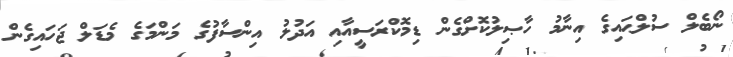
ނޯބެލް ސުލްޙައިގެ އިނާމު ހާޞިލުކޮށްގެން ޑިމޮކްރަސީއާއި އަދުލު އިންސާފުގެ މަންމަގެ މެޑަލް ޖަހައިގެން